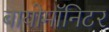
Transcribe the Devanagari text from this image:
बायोमाॅनिटर